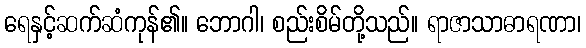
ရေနှင့်ဆက်ဆံကုန်၏။ ဘောဂါ၊ စည်းစိမ်တို့သည်။ ရာဇာသာဓာရဏာ၊